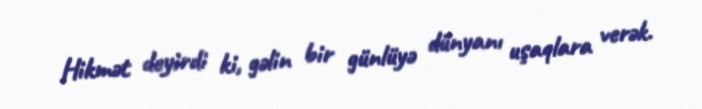
Hikmət deyirdi ki, gəlin bir günlüyə dünyanı uşaqlara verək.